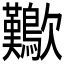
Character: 𣥁